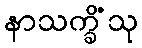
နာသက္ခိံသု